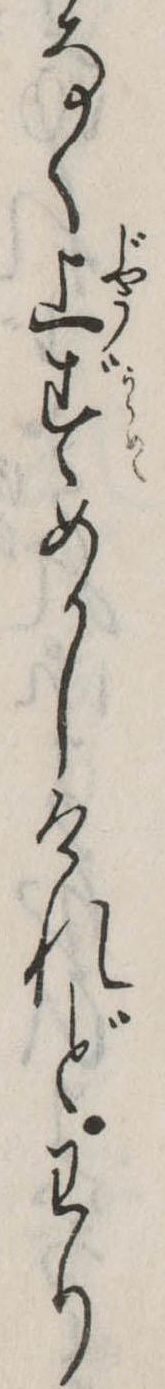
なく上ずめかしけれどわり